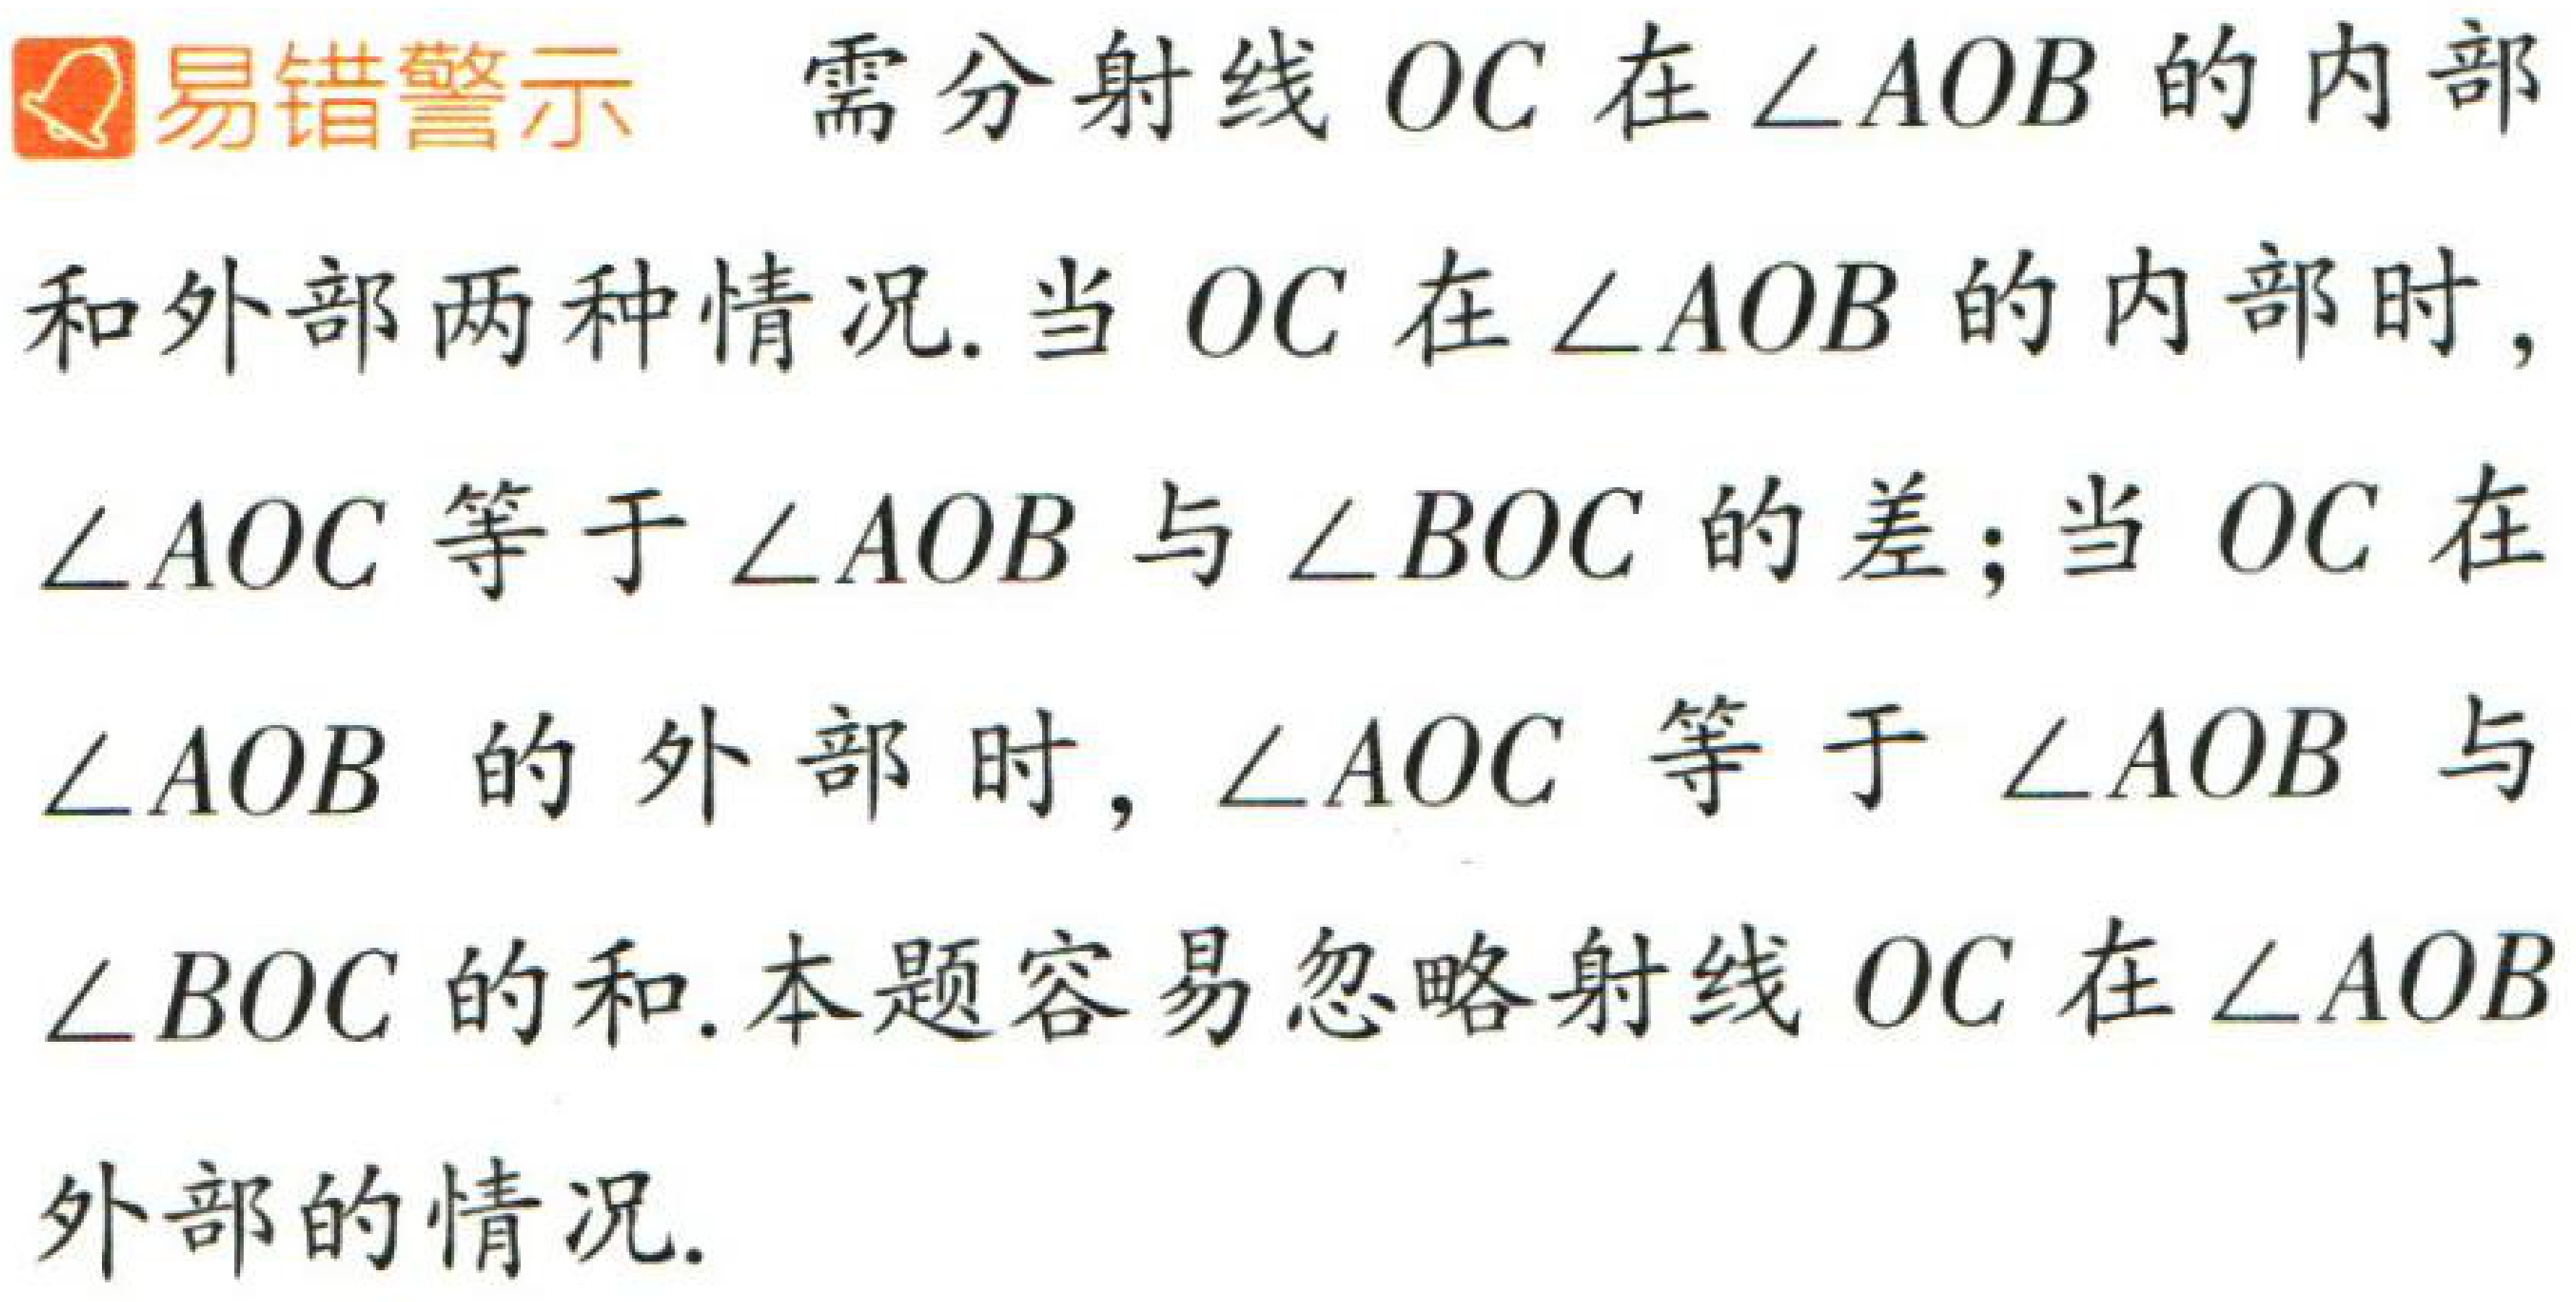
易错警示 需分射线 \(OC\) 在 \(\angle AOB\) 的内部和外部两种情况. 当 \(OC\) 在 \(\angle AOB\) 的内部时, \(\angle AOC\) 等于 \(\angle AOB\) 与 \(\angle BOC\) 的差；当 \(OC\) 在 \(\angle AOB\) 的外部时, \(\angle AOC\) 等于 \(\angle AOB\) 与 \(\angle BOC\) 的和. 本题容易忽略射线 \(OC\) 在 \(\angle AOB\) 外部的情况.